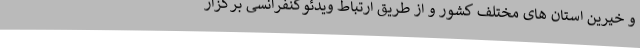
و خیرین استان های مختلف کشور و از طریق ارتباط ویدئوکنفرانسی برگزار